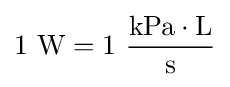
1~{\text{W}}=1~{\frac {{\text{kPa}}\cdot {\text{L}}}{\text{s}}}